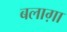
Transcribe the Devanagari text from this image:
बलाग़ा